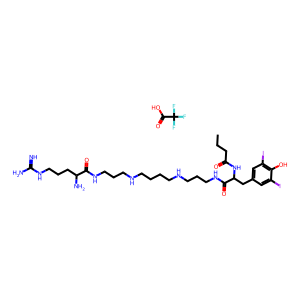
SMILES: CCCC(=O)NC(Cc1cc(I)c(O)c(I)c1)C(=O)NCCCNCCCCNCCCNC(=O)C(N)CCCNC(=N)N.O=C(O)C(F)(F)F
Inhibits HIV replication: No